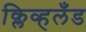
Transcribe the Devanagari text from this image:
क्लिव्हलँड